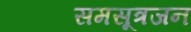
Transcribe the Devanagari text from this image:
समसूत्रजन